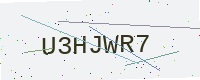
Text: U3HJWR7